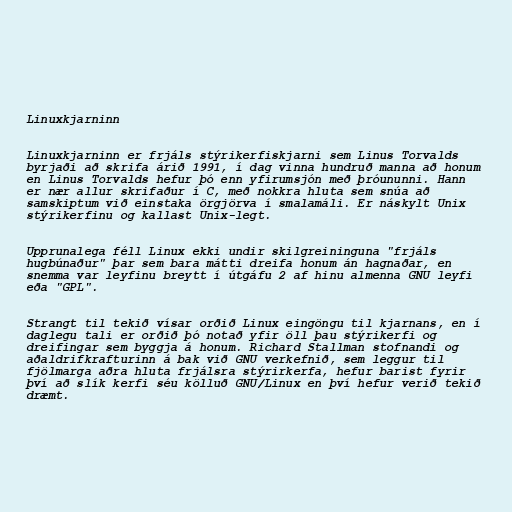
Linuxkjarninn

Linuxkjarninn er frjáls stýrikerfiskjarni sem Linus Torvalds
byrjaði að skrifa árið 1991, í dag vinna hundruð manna að honum
en Linus Torvalds hefur þó enn yfirumsjón með þróununni. Hann
er nær allur skrifaður í C, með nokkra hluta sem snúa að
samskiptum við einstaka örgjörva í smalamáli. Er náskylt Unix
stýrikerfinu og kallast Unix-legt.

Upprunalega féll Linux ekki undir skilgreininguna "frjáls
hugbúnaður" þar sem bara mátti dreifa honum án hagnaðar, en
snemma var leyfinu breytt í útgáfu 2 af hinu almenna GNU leyfi
eða "GPL".

Strangt til tekið vísar orðið Linux eingöngu til kjarnans, en í
daglegu tali er orðið þó notað yfir öll þau stýrikerfi og
dreifingar sem byggja á honum. Richard Stallman stofnandi og
aðaldrifkrafturinn á bak við GNU verkefnið, sem leggur til
fjölmarga aðra hluta frjálsra stýrirkerfa, hefur barist fyrir
því að slík kerfi séu kölluð GNU/Linux en því hefur verið tekið
dræmt.